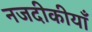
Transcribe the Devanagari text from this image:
नजदीकीयाँ